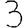
Digit: 3